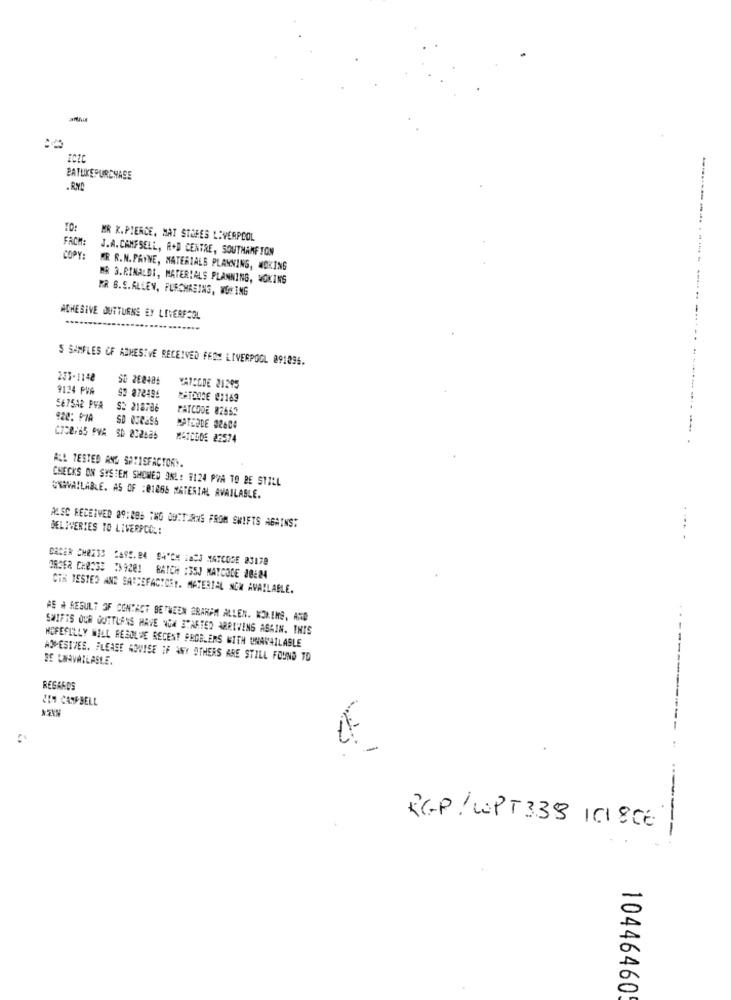
PATLIKEPURCHASE
.RYD
FROM:
MR K.PIERCE, MAT STORES LIVERPOOL
J.A. CAMFSELL, R+D CENTRE, SOUTHAMFION
COPY:
MR R.N. PAYNE, MATERIALS PLANNING, WOKING
MR 3.RINALDI, MATERIALS PLANNING, WOKINS
MR B.S.ALLEN, PURCHASING, WONING
ACHESIVE OUTTURNS EY LIVERPOOL
S SAMPLES OF ADHESIVE RECEIVED FROM LIVERPOOL 091296.
235-1148
SO 262486
9124 PVA
VATELDE 21295
92 872496
CATORCE 21169
SETSAL PVA
S2 218786
PATCODE 82552
CATEDDE 92604
MATCODE 22574
ALL TESTED ANG SATISFACTORY.
CHECKS ON SYSTEM SHOWED ONL: #124 PVA TO BE STILL
UNAVAILABLE. AS OF :01866 MATERIAL AVAILABLE.
ALSC RECEIVED 89:086 TNG OUCTEANS FROM SHIFTS AGAINST
DELIVERIES TO LIVERPOOL:
--- -
CARER SHORTS CARS. BA D4'CH 1ADJ MAYCOSE 23178
28362 CH2333 (39201 BATCH :35J NAYCOCE 20:24
CTM TESTED AND SATISFACTORY. MATERIAL NOW AVAILABLE.
AS A RESULT OF CONTACT BETWEEN ERARAM ALLEN. KOLEMS, AND
SWIFTS OUR GUTTLANS HAVE NOW STARTED ARRIVING AGAIN. INIS
HOPEFULLY WILL RESOLVE RECENT PROBLEMS WITH UNAVAILABLE
---
ADHESIVES. PLEASE ADVISE IF ANY OTHERS ARE STILL FOUND TO
SE LAAVAILABLE.
REGARDS
&# CAMPBELL
RCP! WPT 338 101 806
--
10446460